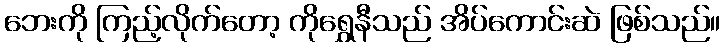
ဘေးကို ကြည့်လိုက်တော့ ကိုရွှေနီသည် အိပ်ကောင်းဆဲ ဖြစ်သည်။